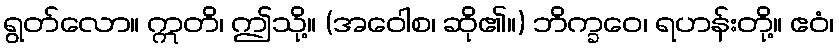
ရွတ်လော။ ဣတိ၊ ဤသို့။ (အဝေါစ၊ ဆို၏။) ဘိက္ခဝေ၊ ရဟန်းတို့။ ဧဝံ၊